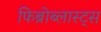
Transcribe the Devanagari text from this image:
फिब्रोब्लास्ट्स